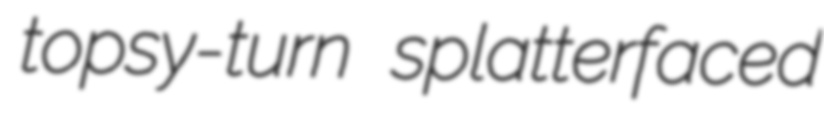
topsy-turn splatterfaced